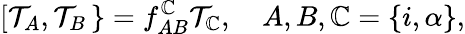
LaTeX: \left[\mathcal{T}_{A},\mathcal{T}_{B}\right.\left.\right\} =f_{AB}^{\mathbb{C}}\mathcal{T}_{\mathbb{C}},\ \ \ \ A,B,\mathbb{C}=\left\{ i,\alpha\right\} ,